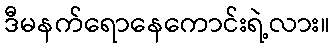
ဒီမနက်ရောနေကောင်းရဲ့လား။